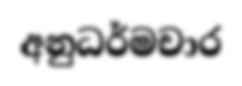
අනුධර්මචාර